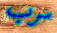
سرب